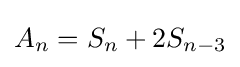
A_{n}=S_{n}+2S_{n-3}